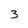
Character: 3